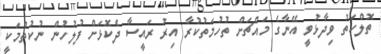
ތޮލްހަތު ވިދާޅުވީ އޭނާގެ މައްޗަށް ތުހުމަތުކުރާ އިރު ރައީސާ ދެކޮޅަށް ފުލުހުން ނުކުތުމަކީ